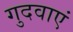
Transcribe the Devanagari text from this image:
गुदवाएं